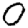
Digit: 0